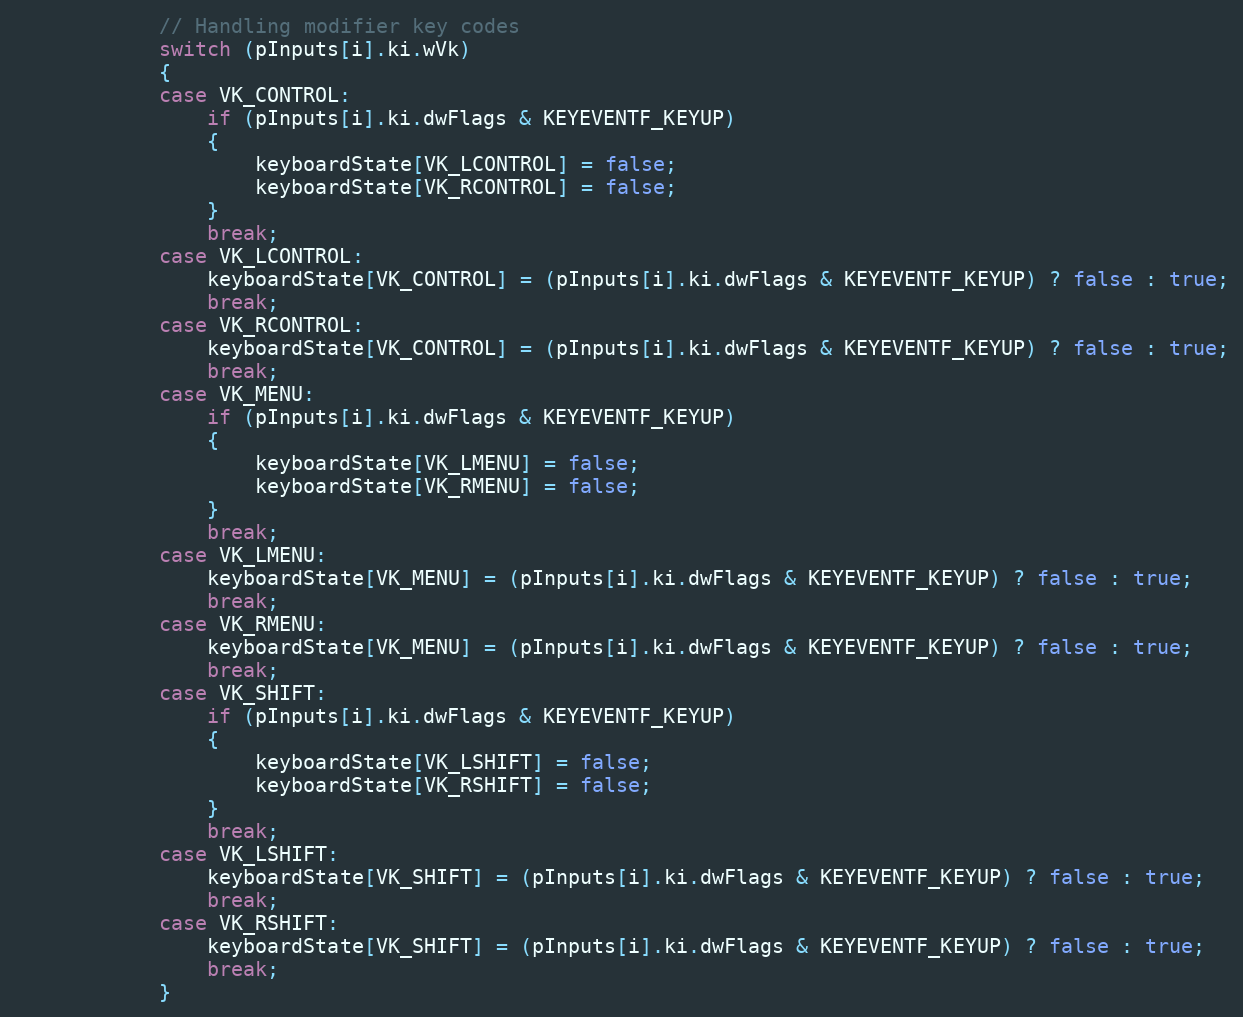
Language: C++
            // Handling modifier key codes
            switch (pInputs[i].ki.wVk)
            {
            case VK_CONTROL:
                if (pInputs[i].ki.dwFlags & KEYEVENTF_KEYUP)
                {
                    keyboardState[VK_LCONTROL] = false;
                    keyboardState[VK_RCONTROL] = false;
                }
                break;
            case VK_LCONTROL:
                keyboardState[VK_CONTROL] = (pInputs[i].ki.dwFlags & KEYEVENTF_KEYUP) ? false : true;
                break;
            case VK_RCONTROL:
                keyboardState[VK_CONTROL] = (pInputs[i].ki.dwFlags & KEYEVENTF_KEYUP) ? false : true;
                break;
            case VK_MENU:
                if (pInputs[i].ki.dwFlags & KEYEVENTF_KEYUP)
                {
                    keyboardState[VK_LMENU] = false;
                    keyboardState[VK_RMENU] = false;
                }
                break;
            case VK_LMENU:
                keyboardState[VK_MENU] = (pInputs[i].ki.dwFlags & KEYEVENTF_KEYUP) ? false : true;
                break;
            case VK_RMENU:
                keyboardState[VK_MENU] = (pInputs[i].ki.dwFlags & KEYEVENTF_KEYUP) ? false : true;
                break;
            case VK_SHIFT:
                if (pInputs[i].ki.dwFlags & KEYEVENTF_KEYUP)
                {
                    keyboardState[VK_LSHIFT] = false;
                    keyboardState[VK_RSHIFT] = false;
                }
                break;
            case VK_LSHIFT:
                keyboardState[VK_SHIFT] = (pInputs[i].ki.dwFlags & KEYEVENTF_KEYUP) ? false : true;
                break;
            case VK_RSHIFT:
                keyboardState[VK_SHIFT] = (pInputs[i].ki.dwFlags & KEYEVENTF_KEYUP) ? false : true;
                break;
            }